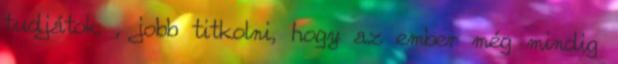
tudjátok , jobb titkolni, hogy az ember még mindig